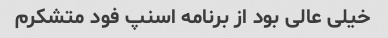
خیلی عالی بود از برنامه اسنپ فود متشکرم